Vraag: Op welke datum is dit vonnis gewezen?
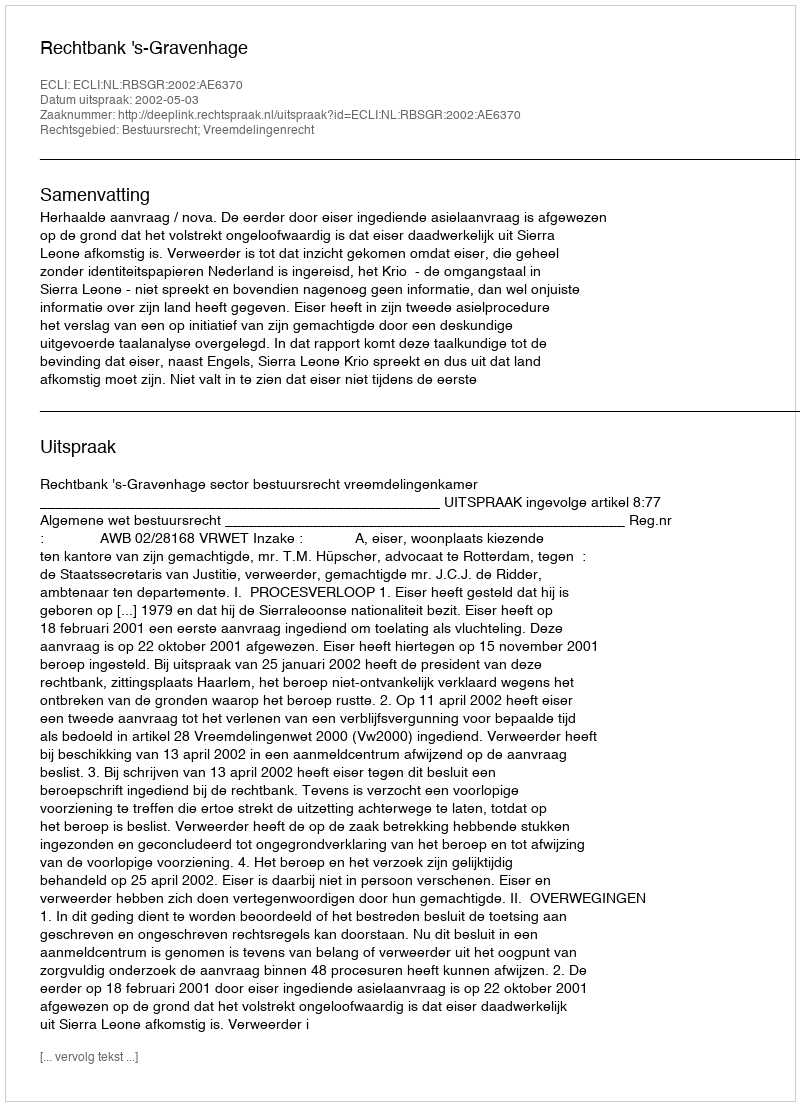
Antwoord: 2002-05-03